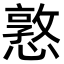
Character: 憝